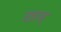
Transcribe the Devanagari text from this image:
स्त्राव्